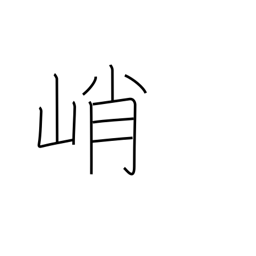
Meaning: high & steep